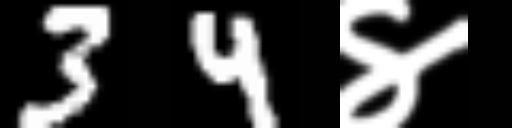
Text: 34४